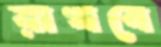
রাখবে